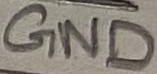
Text: GND